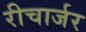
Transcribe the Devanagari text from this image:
रीचार्जर